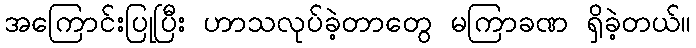
အကြောင်းပြုပြီး ဟာသလုပ်ခဲ့တာတွေ မကြာခဏ ရှိခဲ့တယ်။